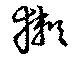
獺